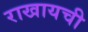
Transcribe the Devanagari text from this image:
राखायची